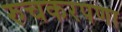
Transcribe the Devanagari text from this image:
रुचकरपणा